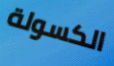
الكسولة